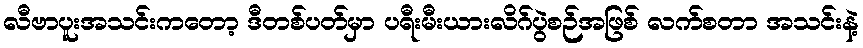
လီဗာပူးအသင်းကတော့ ဒီတစ်ပတ်မှာ ပရီးမီးယားလိဂ်ပွဲစဉ်အဖြစ် လက်စတာ အသင်းနဲ့